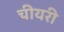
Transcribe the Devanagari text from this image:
चीयरी